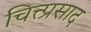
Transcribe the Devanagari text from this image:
चित्त्प्रसाद